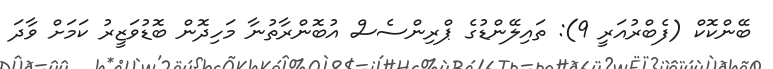
ބޭންކޮކް (ފެބްރުއަރީ 9): ތައިލޭންޑުގެ ޕްރިންސެސް އުބޮންރާތުނާ މަހިދޮން ބޮޑުވަޒީރު ކަމަށް ވާދަ